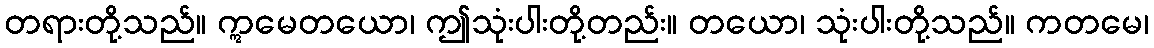
တရားတို့သည်။ ဣမေတယော၊ ဤသုံးပါးတို့တည်း။ တယော၊ သုံးပါးတို့သည်။ ကတမေ၊